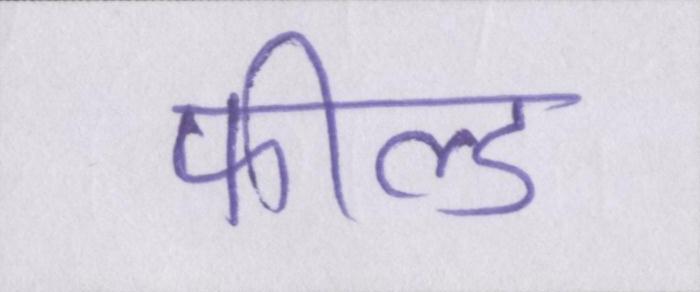
फील्ड